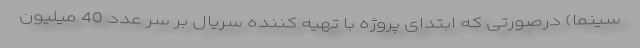
سینما) درصورتی که ابتدای پروژه با تهیه کننده سریال بر سر عدد 40 میلیون